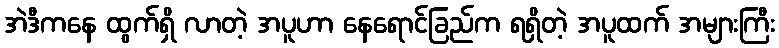
အဲဒီကနေ ထွက်ရှိ လာတဲ့ အပူဟာ နေရောင်ခြည်က ရရှိတဲ့ အပူထက် အများကြီး